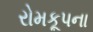
રોમકૂપના